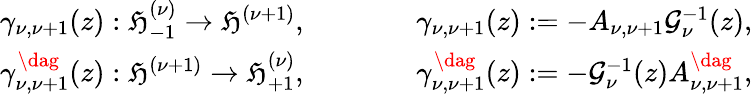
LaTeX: \begin{array}{rlr}{\gamma_{\nu,\nu+1}(z):\mathfrak{H}_{-1}^{(\nu)}\rightarrow\mathfrak{H}^{(\nu+1)},}&{\qquad}&{\gamma_{\nu,\nu+1}(z):=-A_{\nu,\nu+1}\mathcal{G}_{\nu}^{-1}(z),}\\ {\gamma_{\nu,\nu+1}^{\dag}(z):\mathfrak{H}^{(\nu+1)}\rightarrow\mathfrak{H}_{+1}^{(\nu)},}&{\qquad}&{\gamma_{\nu,\nu+1}^{\dag}(z):=-\mathcal{G}_{\nu}^{-1}(z)A_{\nu,\nu+1}^{\dag},}\end{array}